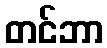
တင်ဘာ